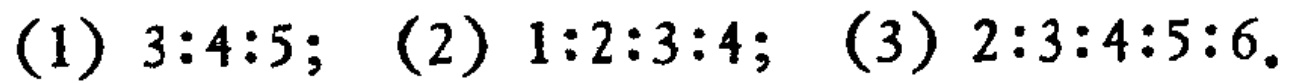
(1) \(3:4:5\); (2) \(1:2:3:4\); (3) \(2:3:4:5:6\)